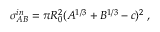
\sigma _ { A B } ^ { i n } = \pi R _ { 0 } ^ { 2 } ( A ^ { 1 / 3 } + B ^ { 1 / 3 } - c ) ^ { 2 } \; ,